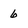
Character: 6